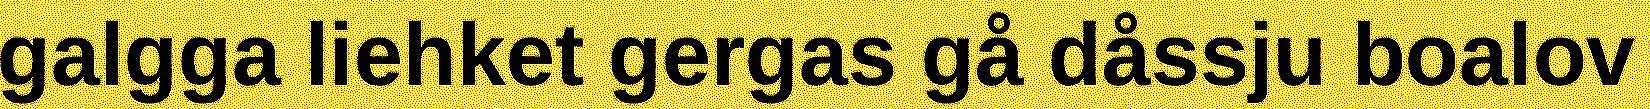
galgga liehket gergas gå dåssju boalov